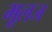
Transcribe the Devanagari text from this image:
मूलज